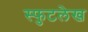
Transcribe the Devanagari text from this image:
स्फुटलेख